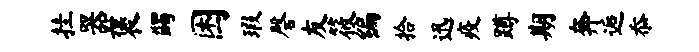
挂器褒蠲困瑕磬友筱编拾迅疫蹲期奔逅忝